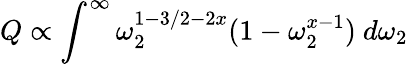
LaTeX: Q\propto\int^{\infty}\omega_{2}^{1-3/2-2x}(1-\omega_{2}^{x-1})\ d\omega_{2}